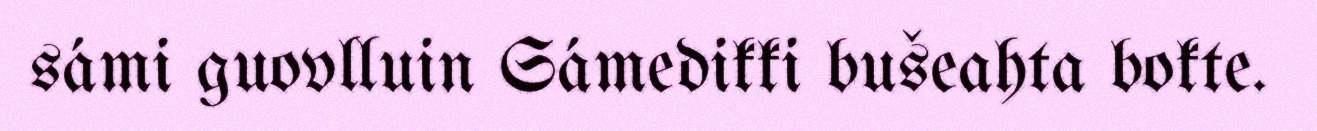
sámi guovlluin Sámedikki bušeahta bokte.